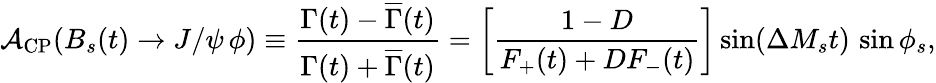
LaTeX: {\cal A}_{\mathrm{CP}}(B_{s}(t)\to J/\psi\, \phi)\equiv\frac{\Gamma(t)-\overline{{{\Gamma}}}(t)}{\Gamma(t)+\overline{{{\Gamma}}}(t)}=\left[\frac{1-D}{F_{+}(t)+DF_{-}(t)}\right]\sin(\Delta M_{s}t)\, \sin\phi_{s},